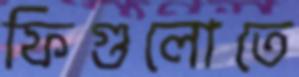
ফিগুলোতে